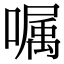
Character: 嘱